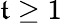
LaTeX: \mathfrak{t}\geq1